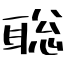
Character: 聡